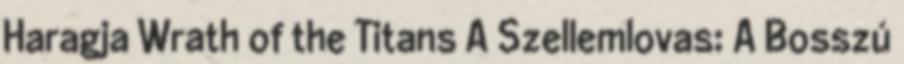
Haragja Wrath of the Titans A Szellemlovas: A Bosszú